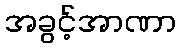
အခွင့်အာဏာ